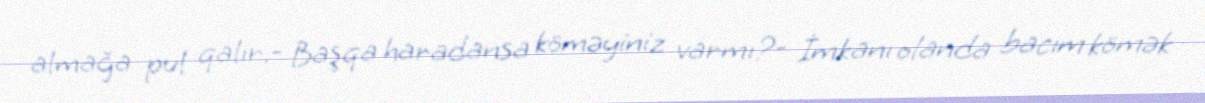
almağa pul qalır.- Başqa haradansa köməyiniz varmı?- İmkanı olanda bacım kömək